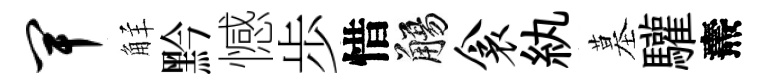
卑觧黔憾歩惜觴衾紈墓驩燾